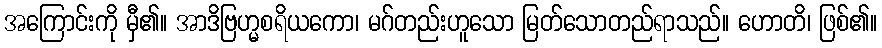
အကြောင်းကို မှီ၏။ အာဒိဗြဟ္မစရိယကော၊ မဂ်တည်းဟူသော မြတ်သောတည်ရာသည်။ ဟောတိ၊ ဖြစ်၏။